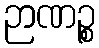
ဉာဏဉ္စ